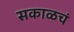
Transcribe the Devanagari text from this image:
सकाळचं